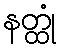
နတ္ထုံ